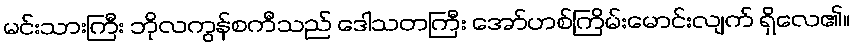
မင်းသားကြီး ဘိုလကွန်စကီသည် ဒေါသတကြီး အော်ဟစ်ကြိမ်းမောင်းလျက် ရှိလေ၏။